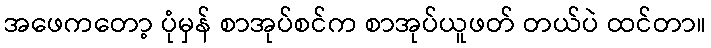
အဖေကတော့ ပုံမှန် စာအုပ်စင်က စာအုပ်ယူဖတ် တယ်ပဲ ထင်တာ။